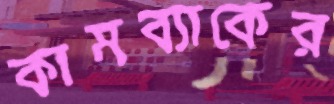
কামব্যাকের